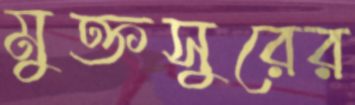
মুক্তসুরের